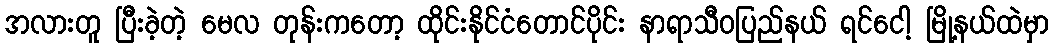
အလားတူ ပြီးခဲ့တဲ့ မေလ တုန်းကတော့ ထိုင်းနိုင်ငံတောင်ပိုင်း နာရာသီဝပြည်နယ် ရင်ငေါ့ မြို့နယ်ထဲမှာ